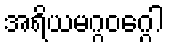
အရိယမဂ္ဂဝဂ္ဂေါ